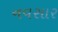
નવસાર